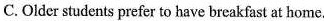
C.Older students prefer to have breakfast at home.